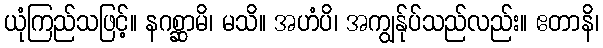
ယုံကြည်သဖြင့်။ နဂစ္ဆာမိ၊ မသိ။ အဟံပိ၊ အကျွန်ုပ်သည်လည်း။ ဧတာနိ၊